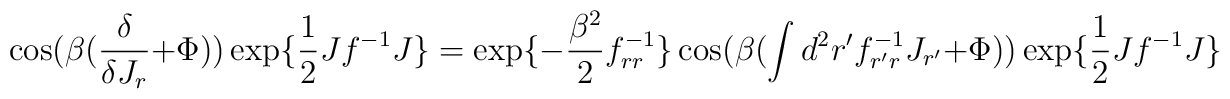
\cos(\beta({\frac {\delta}{\delta    J_{r}}}+\Phi))\exp\{{\frac {1}{2}}Jf^{-1}J\}=\exp\{-{\frac {\beta^2}{2}}f^{-1}_{r    r}\}\cos(\beta(\int d^2 r'f^{-1}_{r'r}J_{r'}+\Phi))\exp\{{\frac {1}{2}}Jf^{-1}J\}